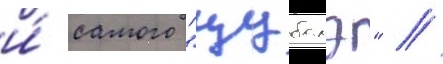
и́ самого "цубамэ" //